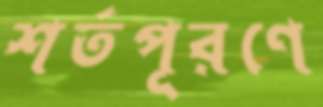
শর্তপূরণে